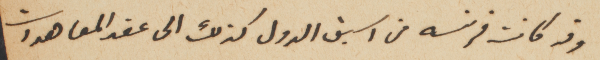
وقد كانت فرنسه من اسبق الدول كذلك الى عقد المعاهدات